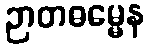
ဉာတဓမ္မေန